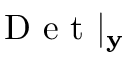
\mathrm { ~ D ~ e ~ t ~ } | _ { \mathbf { y } }